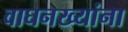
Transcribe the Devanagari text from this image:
वाघनख्यांना